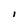
Character: l